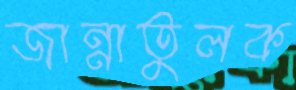
জান্নাতুলক